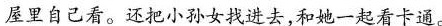
屋里自己看。还把小孙女找进去，和她一起看卡通。